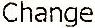
CHANGE